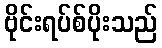
ဗိုင်းရပ်စ်ပိုးသည်